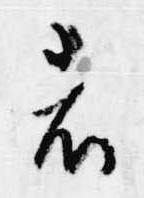
者